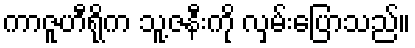
ကာဇူဟီရိုက သူ့ဇနီးကို လှမ်းပြောသည်။